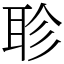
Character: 聄